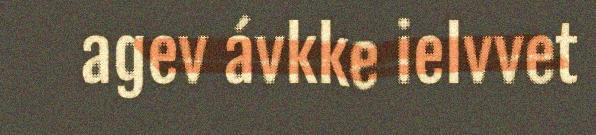
agev ávkke ielvvet